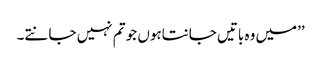
’’میں وہ باتیں جانتاہوں جو تم نہیں جانتے۔